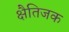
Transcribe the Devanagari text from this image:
क्षैतिजक